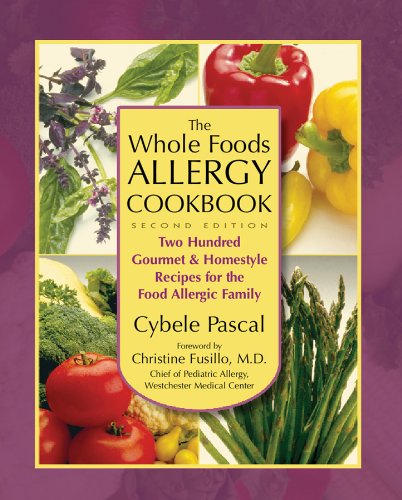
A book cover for The Whole Foods Allergy Cookbook, 2nd Edition: Two Hundred Gourmet & Homestyle Recipes for the Food Allergic Family; Cybele Pascal; Cookbooks, Food & Wine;